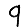
Digit: 9